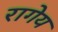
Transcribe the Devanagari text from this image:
रागेय